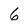
Character: 6